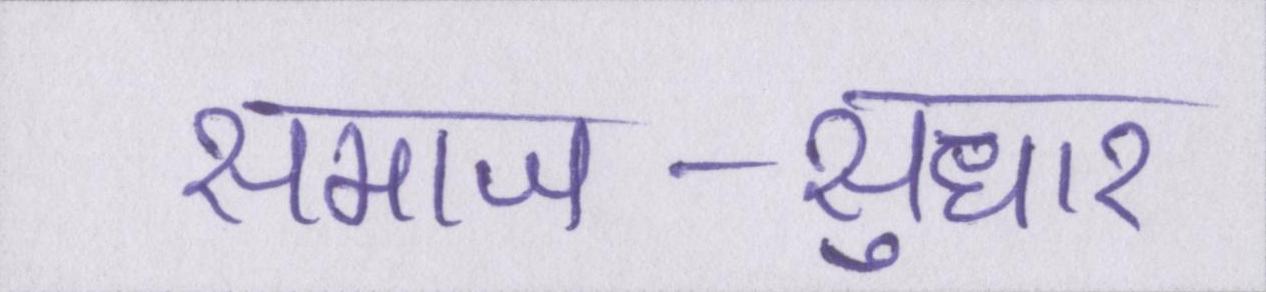
समाज-सुधार